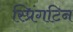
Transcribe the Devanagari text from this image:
स्प्रिंगटिन